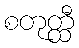
စတုတ္ထီ